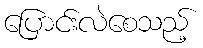
ပြောင်းလဲစေသည့်